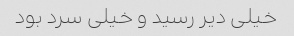
خیلی دیر رسید و خیلی سرد بود